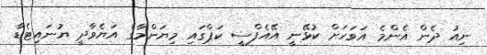
ނިއު ދެން އެންމެ އަވަހަށް ކުޅޭނީ އޭއެފްސީ ކަޕްގައި މިޔަންމާގެ އަޔެވާދީ ޔުނައިޓެޑާ